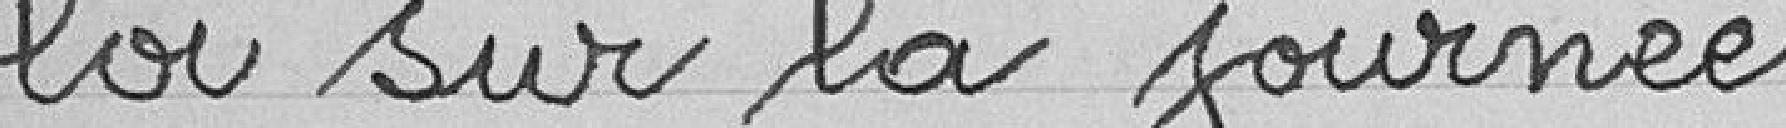
loi sur la journée